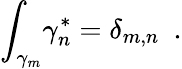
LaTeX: {\int_{\gamma_{m}}}{\gamma_{n}^{\ast}}={\delta_{m,n}}\, \, \, .